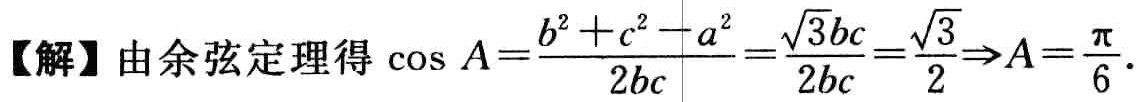
【解】由余弦定理得\(\cos A=\frac{b^{2}+c^{2}-a^{2}}{2bc}=\frac{\sqrt{3}bc}{2bc}=\frac{\sqrt{3}}{2}\Rightarrow A=\frac{\pi}{6}\).